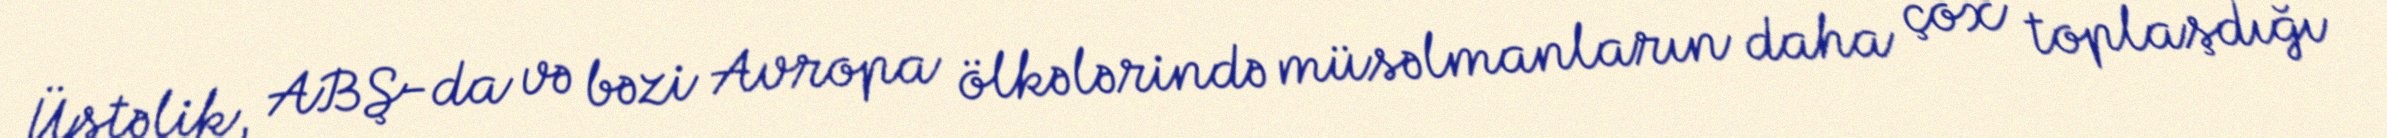
Üstəlik, ABŞ-da və bəzi Avropa ölkələrində müsəlmanların daha çox toplaşdığı